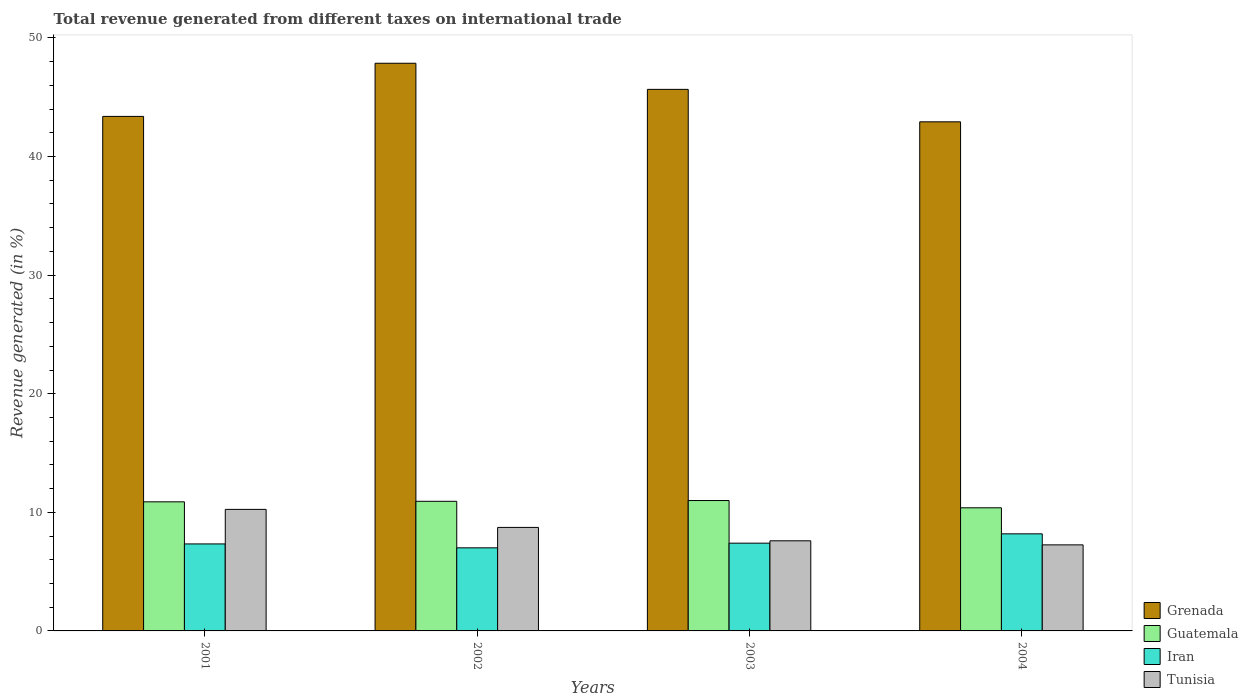
| Years | Grenada | Guatemala | Iran | Tunisia |
 | --- | --- | --- | --- | --- |
 | 2001 | 43.4 | 10.9 | 7.34 | 10.2 |
 | 2002 | 47.9 | 10.9 | 7.01 | 8.73 |
 | 2003 | 45.7 | 11 | 7.4 | 7.6 |
 | 2004 | 42.9 | 10.4 | 8.19 | 7.26 |